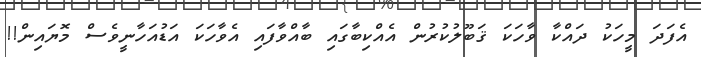
އެފަދަ މީހަކު ދައްކާ ވާހަކަ ޤަބޫލުކުރުން އެއްކިބާގައި ބާއްވާފައި އެވާހަކަ އަޑުއަހާނީވެސް މޮޔައިން!!